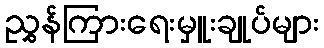
ညွှန်ကြားရေးမှူးချုပ်များ